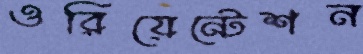
ওরিয়েন্টেশন